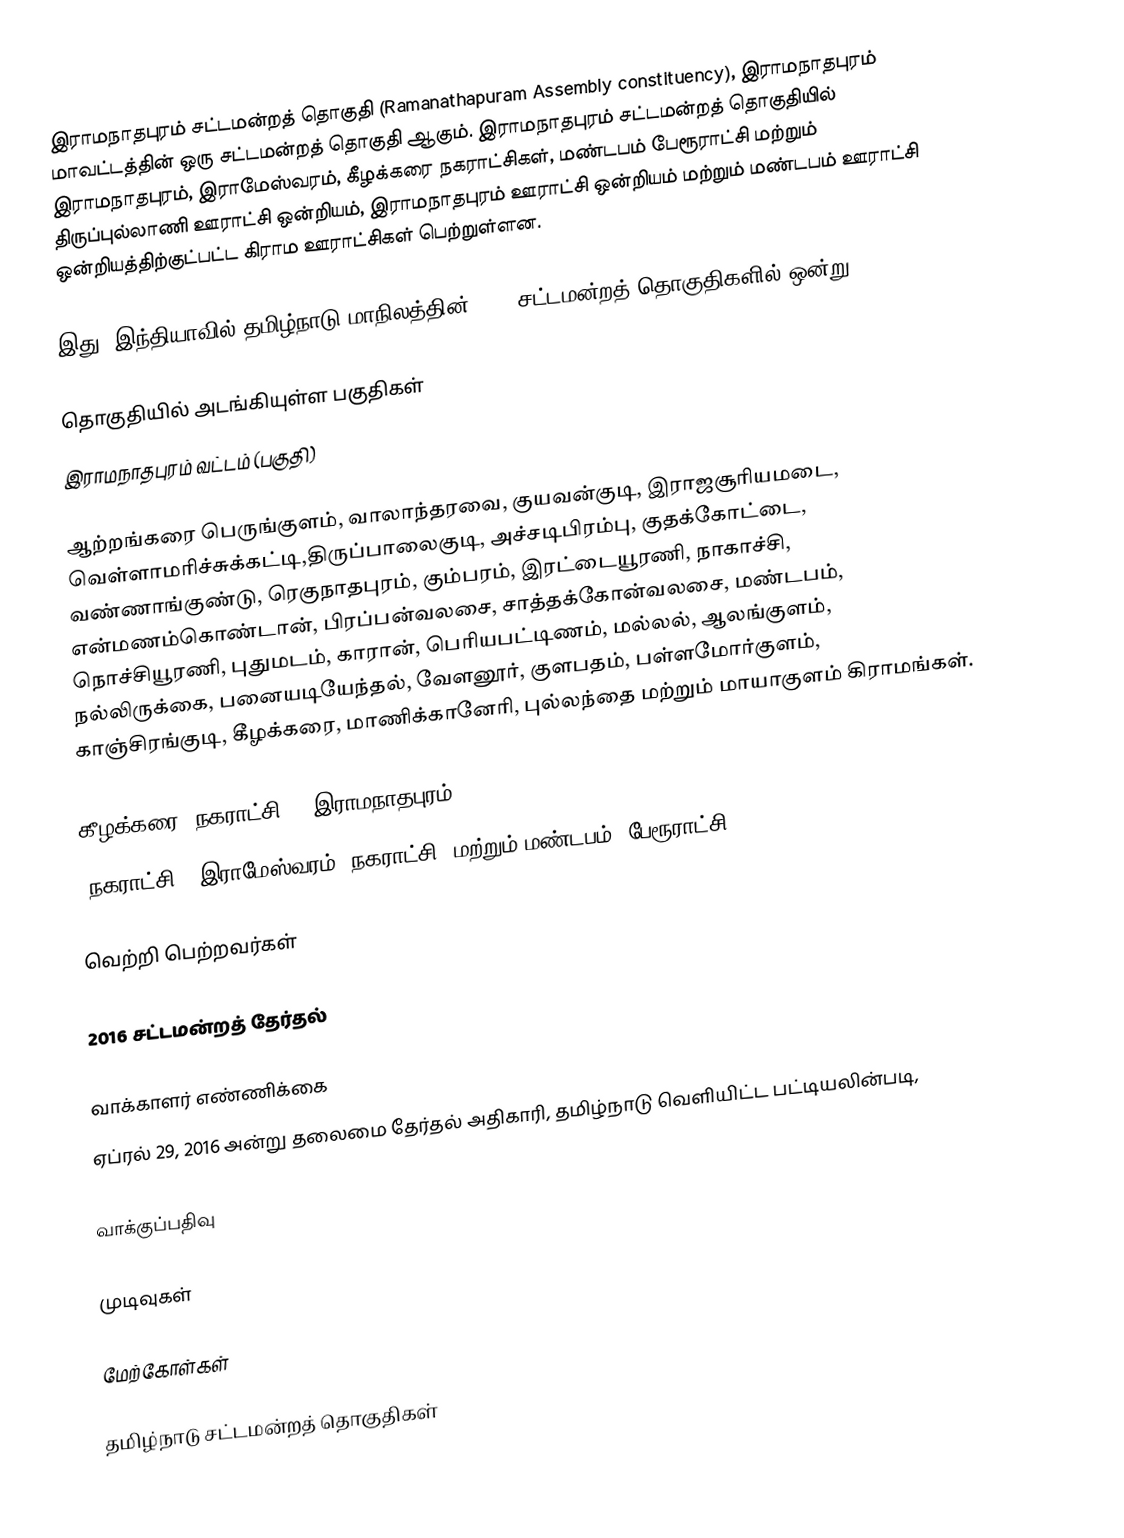
இராமநாதபுரம் சட்டமன்றத் தொகுதி (Ramanathapuram Assembly constituency), இராமநாதபுரம் மாவட்டத்தின் ஒரு சட்டமன்றத் தொகுதி ஆகும். இராமநாதபுரம் சட்டமன்றத் தொகுதியில் இராமநாதபுரம், இராமேஸ்வரம், கீழக்கரை நகராட்சிகள்,  மண்டபம் பேரூராட்சி மற்றும் திருப்புல்லாணி ஊராட்சி ஒன்றியம், இராமநாதபுரம் ஊராட்சி ஒன்றியம் மற்றும் மண்டபம் ஊராட்சி ஒன்றியத்திற்குட்பட்ட கிராம ஊராட்சிகள் பெற்றுள்ளன.

இது, இந்தியாவில் தமிழ்நாடு மாநிலத்தின், 234 சட்டமன்றத் தொகுதிகளில் ஒன்று.

தொகுதியில் அடங்கியுள்ள பகுதிகள்
இராமநாதபுரம் வட்டம் (பகுதி)

ஆற்றங்கரை பெருங்குளம், வாலாந்தரவை, குயவன்குடி, இராஜசூரியமடை, வெள்ளாமரிச்சுக்கட்டி,திருப்பாலைகுடி, அச்சடிபிரம்பு, குதக்கோட்டை, வண்ணாங்குண்டு, ரெகுநாதபுரம், கும்பரம், இரட்டையூரணி, நாகாச்சி, என்மணம்கொண்டான், பிரப்பன்வலசை, சாத்தக்கோன்வலசை, மண்டபம், நொச்சியூரணி, புதுமடம், காரான், பெரியபட்டிணம், மல்லல், ஆலங்குளம், நல்லிருக்கை, பனையடியேந்தல், வேளனூர், குளபதம், பள்ளமோர்குளம், காஞ்சிரங்குடி, கீழக்கரை, மாணிக்கானேரி, புல்லந்தை மற்றும் மாயாகுளம் கிராமங்கள்.

கீழக்கரை (நகராட்சி) , இராமநாதபுரம்
(நகராட்சி), இராமேஸ்வரம் (நகராட்சி)  மற்றும் மண்டபம் (பேரூராட்சி).

வெற்றி பெற்றவர்கள்

2016 சட்டமன்றத் தேர்தல்

வாக்காளர் எண்ணிக்கை
ஏப்ரல் 29, 2016 அன்று தலைமை தேர்தல் அதிகாரி, தமிழ்நாடு வெளியிட்ட பட்டியலின்படி,

வாக்குப்பதிவு

முடிவுகள்

மேற்கோள்கள்

தமிழ்நாடு சட்டமன்றத் தொகுதிகள்